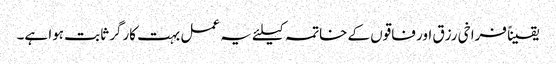
یقیناً فراخی رزق اور فاقوں کے خاتمہ کیلئے یہ عمل بہت کارگر ثابت ہوا ہے۔